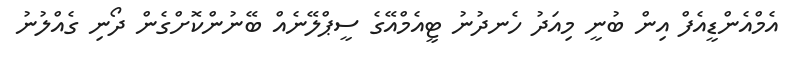
އެމްއެންޑީއެފް އިން ބުނީ މިއަދު ހެނދުނު ޓީއެމްއޭގެ ސީޕްލޭނެއް ބޭނުންކޮށްގެން ދޯނި ގެއްލުނު